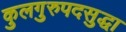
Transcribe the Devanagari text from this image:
कुलगुरुपदसुद्धा